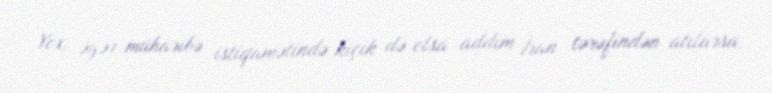
Yox, əgər müharibə istiqamətində kiçik də olsa addım İran tərəfindən atılarsa,